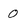
Character: 0